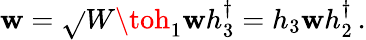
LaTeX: \mathbf{w}=\sqrt{}{{W}}\toh_{1}\mathbf{w}h_{3}^{\dagger}=h_{3}\mathbf{w}h_{2}^{\dagger}\, .